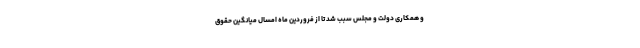
و همکاری دولت و مجلس سبب شد تا از فروردین ماه امسال میانگین حقوق